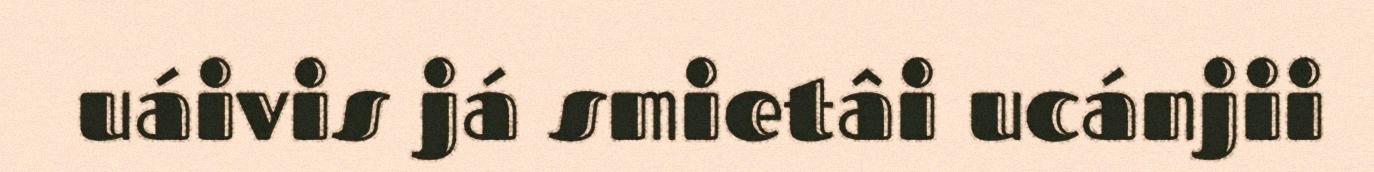
uáivis já smietâi ucánjii